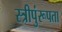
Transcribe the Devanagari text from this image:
स्त्रीपुंरूपता